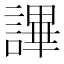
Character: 𧫤